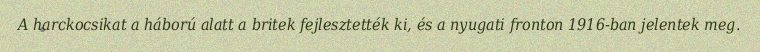
A harckocsikat a háború alatt a britek fejlesztették ki, és a nyugati fronton 1916-ban jelentek meg.